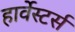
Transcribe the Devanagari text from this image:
हार्वेस्टर्स